Vaccination in the Punjab 1867-1880 - 1867-1880
Year: 1867
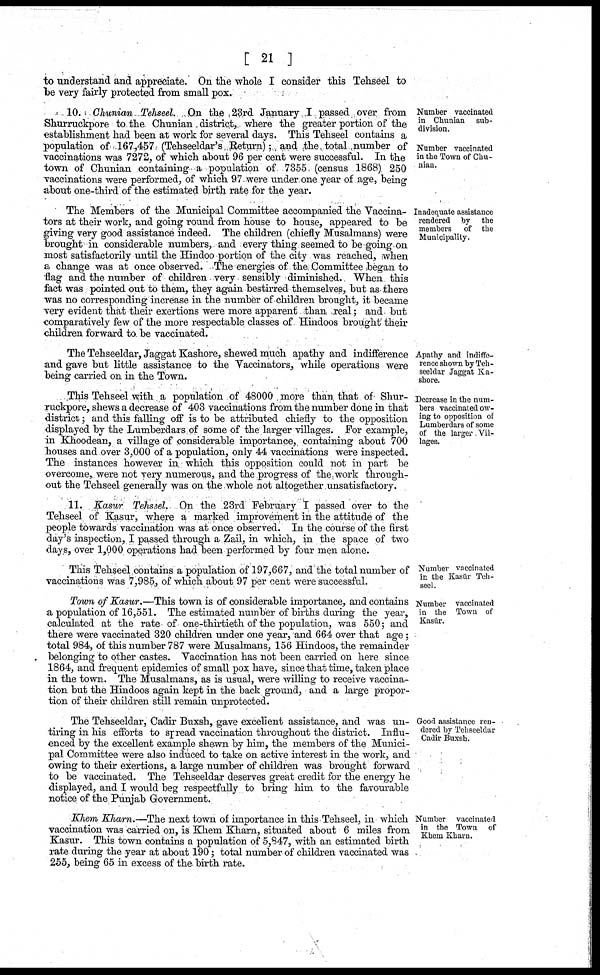
[ 21 ]
to understand and appreciate. On the whole I consider this Tehseel to
be very fairly protected from small pox.
Number vaccinated
in Chunian sub-
division.
Number vaccinated
in the Town of Chu-
nian.
10. Chunian Tehseel. On the 23rd January I passed over from
Shurruckpore to the Chunian district, where the greater portion of the
establishment had been at work for several days. This Tehseel contains a
population of 167,457. (Tehseeldar's Return); and the total number of
vaccinations was 7272, of which about 96 per cent were successful. In the
town of Chunian containing a population of 7355 (census 1868) 250
vaccinations were performed, of which 97 were under one year of age, being
about one-third of the estimated birth rate for the year.
Inadequate assistance
rendered by the
members
of the
Municipality.
The Members of the Municipal Committee accompanied the Vaccina-
tors at their work, and going round from house to house, appeared to be
giving very good assistance indeed. The children (chiefly Musalmans) were
brought in considerable numbers, and every thing seemed to be going on
most satisfactorily until the Hindoo portion of the city was reached, when
a change was at once observed. The energies of the Committee began to
flag and the number of children very sensibly diminished. When this
fact was pointed out to them, they again bestirred, themselves, but as there
was no corresponding increase in the number of children brought, it became
very evident that their exertions were more apparent than real; and but
comparatively few of the more respectable classes of Hindoos brought their
children forward to be vaccinated.
Apathy and indiffe-
rence shown by Teh-
seeldar Jaggat Ka-
shore.
The Tehseeldar, Jaggat Kashore, shewed much apathy and indifference
and gave but little assistance to the Vaccinators, while operations were
being carried on in the Town.
Decrease in the num-
bers vaccinated ow-
ing to opposition of
Lumberdars of some
of the larger Vil-
lages.
This Tehseel with a population of 48000 more than that of Shur-
ruckpore, shews a decrease of 403 vaccinations from the number done in that
district; and this falling off is to be attributed chiefly to the opposition
displayed by the Lumberdars of some of the larger villages. For example,
in Khoodean, a village of considerable importance, containing about 700
houses and over 3,000 of a population, only 44 vaccinations were inspected.
The instances however in which this opposition could not in part be
overcome, were not very numerous, and the progress of the work through-
out the Tehseel generally was on the whole not altogether unsatisfactory.
11. Kasur Tehseel. On the 23rd February I passed over to the
Tehseel of Kasur, where a marked improvement in the attitude of the
people towards vaccination was at once observed. In the course of the first
day's inspection, I passed through a Zail, in which, in the space of two
days, over 1,000 operations had been performed by four men alone.
Number vaccinated
in the Kasur Teh-
seel.
This Tehseel contains a population of 197,667, and the total number of
vaccinations was 7,985, of which about 97 per cent were successful.
Number vaccinated
in the Town of
Kasur.
Town of Kasur.—This town is of considerable importance, and contains
a population of 16,551. The estimated number of births during the year,
calculated at the rate of one-thirtieth of the population, was 550; and
there were vaccinated 320 children under one year, and 664 over that age;
total 984, of this number 787 were Musalmans, 156 Hindoos, the remainder
belonging to other castes. Vaccination has not been carried on here since
1864, and frequent epidemics of small pox have, since that time, taken place
in the town. The Musalmans, as is usual, were willing to receive vaccina-
tion but the Hindoos again kept in the back ground, and a large propor-
tion of their children still remain unprotected.
Good assistance ren-
dered by Tehseeldar
Cadir Buxsh.
The Tehseeldar, Cadir Buxsh, gave excellent assistance, and was un-
tiring in his efforts to spread vaccination throughout the district. Influ-
enced by the excellent example shewn by him, the members of the Munici-
pal Committee were also induced to take on active interest in the work, and
owing to their exertions, a large number of children was brought forward
to be vaccinated. The Tehseeldar deserves great credit for the energy he
displayed, and I would beg respectfully to bring him to the favourable
notice of the Punjab Government.
Number vaccinated
in the Town of
Khem Kharn.
Khem Kharn.—The next town of importance in this Tehseel, in which
vaccination was carried on, is Khem Kharn, situated about 6 miles from
Kasur. This town contains a population of 5,847, with an estimated birth
rate during the year at about 190; total number of children vaccinated was
255, being 65 in excess of the birth rate.